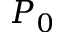
P _ { 0 }